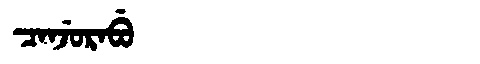
Manchu: ᠴᠠᠨᠵᡠᡵᠠᠪᡠ
Romanization: CANJURABU